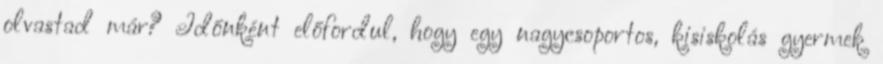
olvastad már? Időnként előfordul, hogy egy nagycsoportos, kisiskolás gyermek